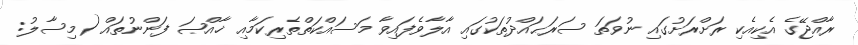
ރާއްޖޭގެ އެކިއެކި ރަށްރަށުގައި ނުވަތަ ސަރަޙައްދުތަކުގައި އާލާވެފައިވާ މަސައްކަތްތެރިކަމާއި ޚާއްޞަ ފަންނުތައް (މިސާލު: